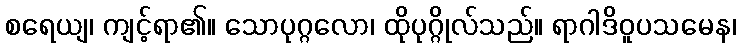
စရေယျ၊ ကျင့်ရာ၏။ သောပုဂ္ဂလော၊ ထိုပုဂ္ဂိုလ်သည်။ ရာဂါဒိဝူပသမေန၊